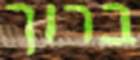
ברוך